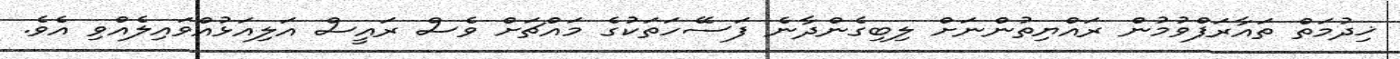
ޚިދުމަތް ތައާރަފްވުމުން ރައްޔިތުންނަށް ލިބިގެންދާނެ ފަސޭހަތަކުގެ މައްޗަށް ވެސް ރައީސް އަލިއަޅުއްވައިލެއްވި އެވެ.